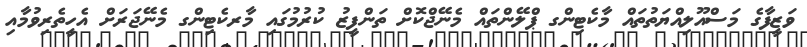
ވަޒީފާގެ މަސްއޫލިއްޔަތުތައް މާކެޓިންގ ޕްލޭންތައް މެނޭޖްކޮށް ތަންފީޒު ކުރުމުގައި މާރކެޓިންގ މެނޭޖަރަށް އެހީތެރިވުމާއި